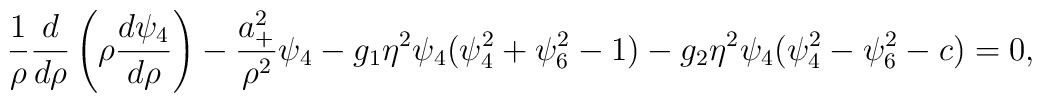
\frac{1}{\rho}\frac{d}{d\rho}\left(\rho\frac{d\psi_4}{d\rho}\right)-\frac{a_+^2}{\rho^2}\psi_4-g_1\eta^2\psi_4(\psi_4^2+\psi_6^2-1)-g_2\eta^2\psi_4(\psi_4^2-\psi_6^2-c)=0,